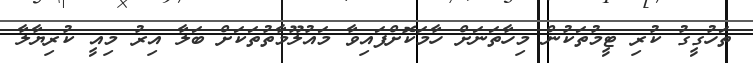
ތަހުގީގު ކުރި ޓީމުތަކުން މިހާތަނަށް ހާމަކޮށްފައިވާ މައުލޫމާތުތަކަށް ބަލާ އިރު މިއީ ކުރިޔާލާ